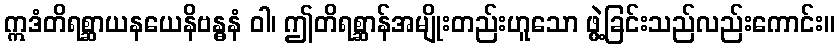
ဣဒံတိရစ္ဆာယနယေနိဗန္ဓနံ ဝါ၊ ဤတိရစ္ဆာန်အမျိုးတည်းဟူသော ဖွဲ့ခြင်းသည်လည်းကောင်း။